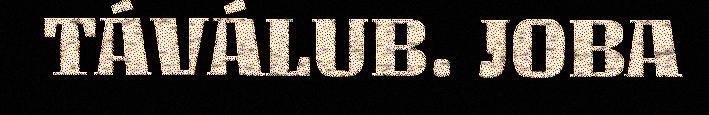
TÁVÁLUB. JOBA